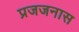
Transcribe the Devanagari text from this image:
प्रजजनास